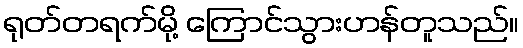
ရုတ်တရက်မို့ ကြောင်သွားဟန်တူသည်။